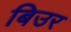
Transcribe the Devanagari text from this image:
बिउर